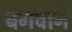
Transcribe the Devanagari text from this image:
बगवाने